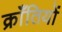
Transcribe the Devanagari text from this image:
क्राँतियों